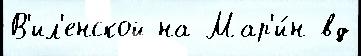
В'ил'енской на Мар'и́н вд